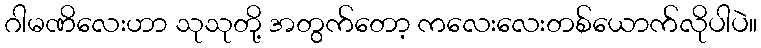
ဂါမဏိလေးဟာ သုသုတို့ အတွက်တော့ ကလေးလေးတစ်ယောက်လိုပါပဲ။